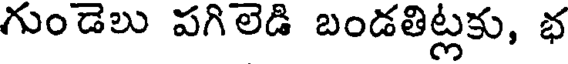
గుండెలు పగిలెడి బండతిట్లకు, భ